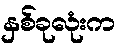
နှစ်ခုလုံးက